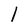
Character: l